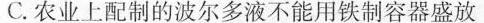
C. 农业上配制的波尔多液不能用铁制容器盛放